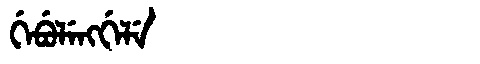
Manchu: ᡤᡝᠪᡠᠯᡝᠩᡤᡝᠯᡝ
Romanization: GEBULENGGELE